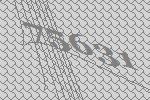
75631